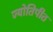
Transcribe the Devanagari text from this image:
ज्योतिपीठ